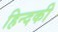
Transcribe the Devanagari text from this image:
हिन्दकी